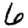
Digit: 6